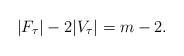
\begin{align*}|F_{\tau}|-2|V_{\tau}|=m-2.\end{align*}